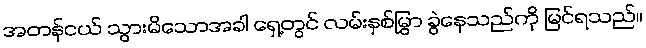
အတန်ငယ် သွားမိသောအခါ ရှေ့တွင် လမ်းနှစ်မြွှာ ခွဲနေသည်ကို မြင်ရသည်။